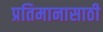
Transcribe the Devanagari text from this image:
प्रतिमानासाठी